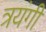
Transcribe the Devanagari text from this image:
त्रयंगी